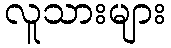
လူသားများ